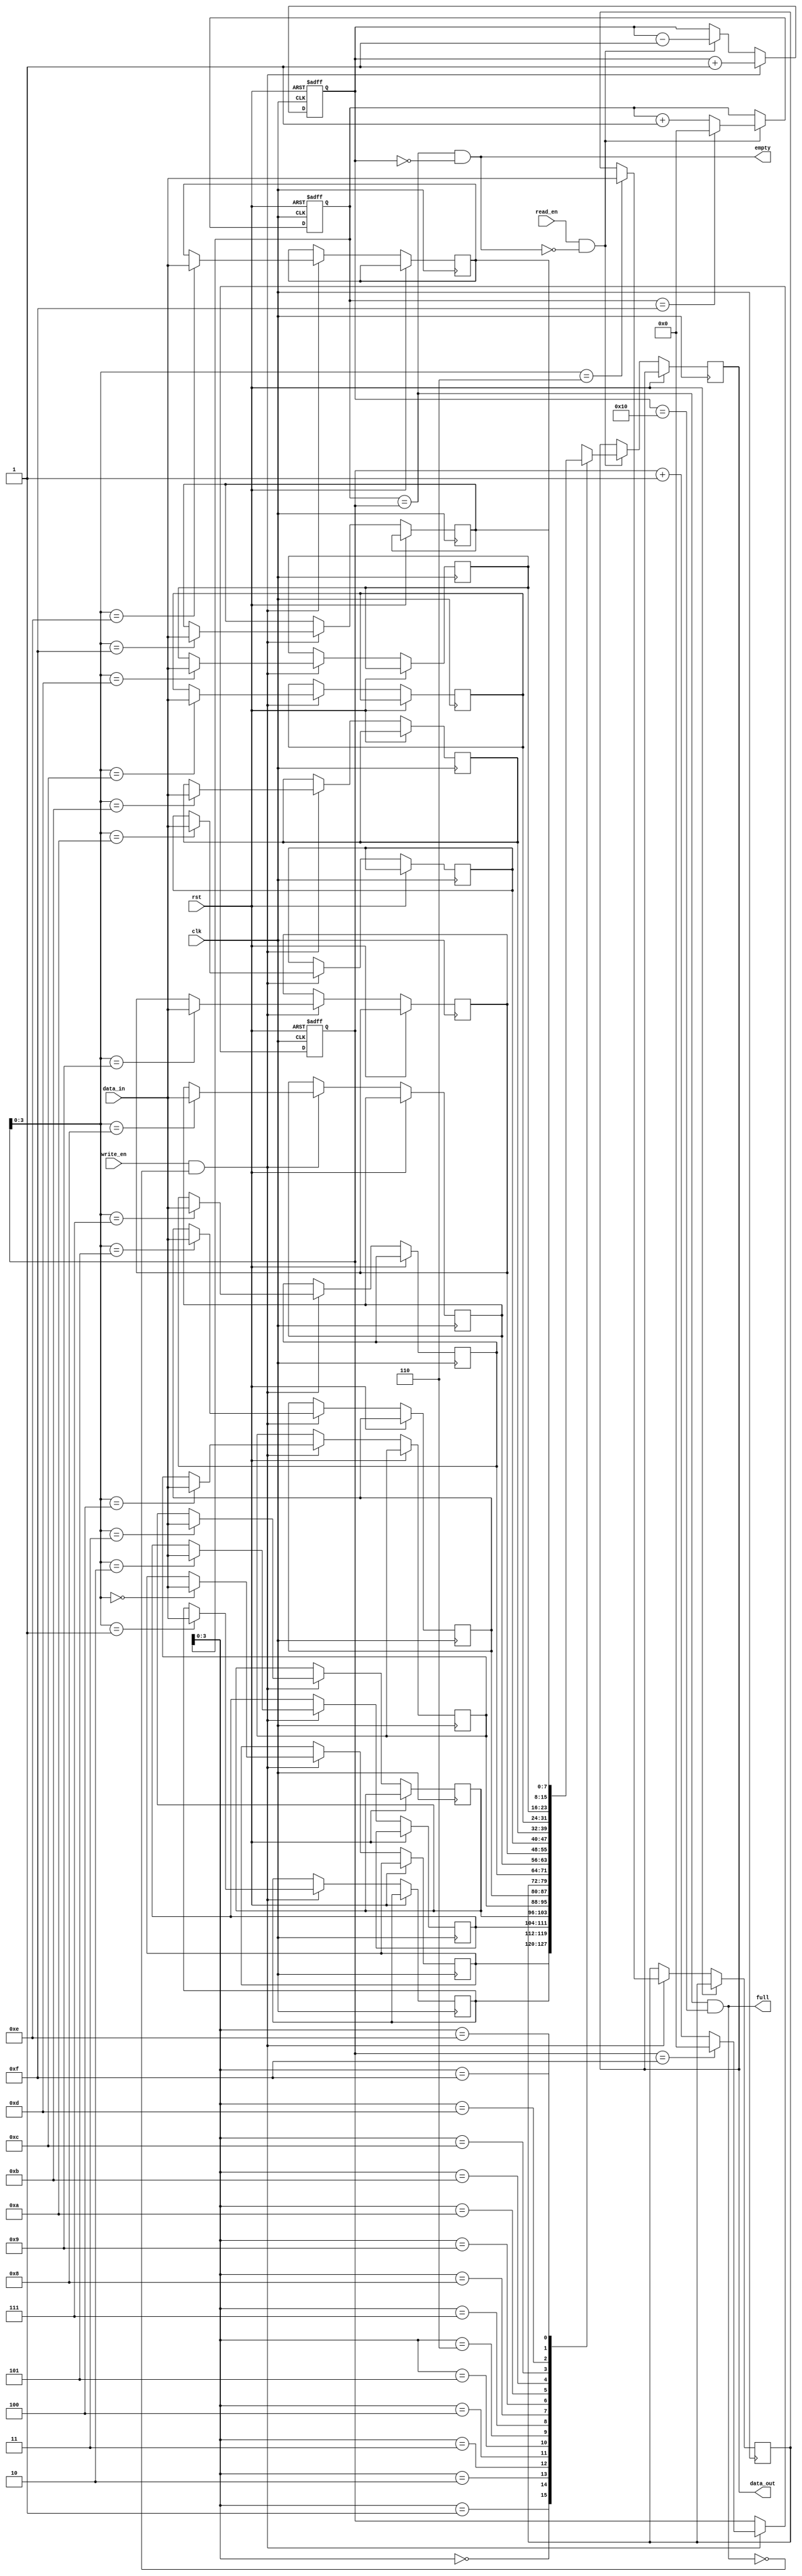
module Asynchronous_FIFO (
    input wire clk,
    input wire rst,
    input wire read_en,
    input wire write_en,
    input wire [DATA_WIDTH-1:0] data_in,
    output reg [DATA_WIDTH-1:0] data_out,
    output wire empty,
    output wire full
);

parameter FIFO_DEPTH = 16;
parameter DATA_WIDTH = 8;

reg [DATA_WIDTH-1:0] fifo [FIFO_DEPTH-1:0];
reg [4:0] read_ptr;
reg [4:0] write_ptr;
reg [4:0] count;

assign empty = (read_ptr == write_ptr) && (count == 0);
assign full = (read_ptr == write_ptr) && (count == FIFO_DEPTH);

always @(posedge clk or posedge rst) begin
    if (rst) begin
        read_ptr <= 0;
        write_ptr <= 0;
        count <= 0;
    end else begin
        if (read_en && !empty) begin
            data_out <= fifo[read_ptr];
            read_ptr <= (read_ptr == FIFO_DEPTH-1) ? 0 : read_ptr + 1;
            count <= count - 1;
        end
        if (write_en && !full) begin
            fifo[write_ptr] <= data_in;
            write_ptr <= (write_ptr == FIFO_DEPTH-1) ? 0 : write_ptr + 1;
            count <= count + 1;
        end
    end
end

endmodule